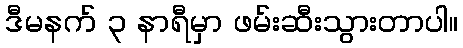
ဒီမနက် ၃ နာရီမှာ ဖမ်းဆီးသွားတာပါ။